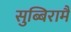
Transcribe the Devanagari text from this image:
सुब्बिरामै